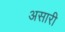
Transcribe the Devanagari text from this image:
असारी